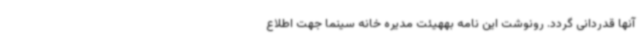
آنها قدردانی گردد. رونوشت این نامه بههیئت مدیره خانه سینما جهت اطلاع